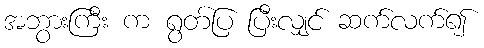
အဘွားကြီး က ရွတ်ပြ ပြီးလျှင် ဆက်လက်၍